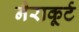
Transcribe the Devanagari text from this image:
नैराकूर्ट